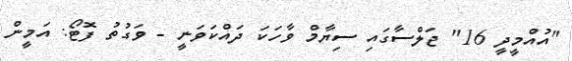
"އުއްމީދީ 16" ޖަލްސާގައި ސިޔާމް ވާހަކަ ދައްކަވަނީ - ވަގުތު ފޮޓޯ: އަމީން